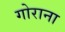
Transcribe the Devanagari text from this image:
गोराना